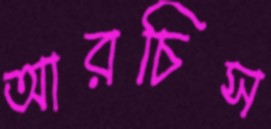
আরচিস